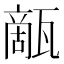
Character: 甋